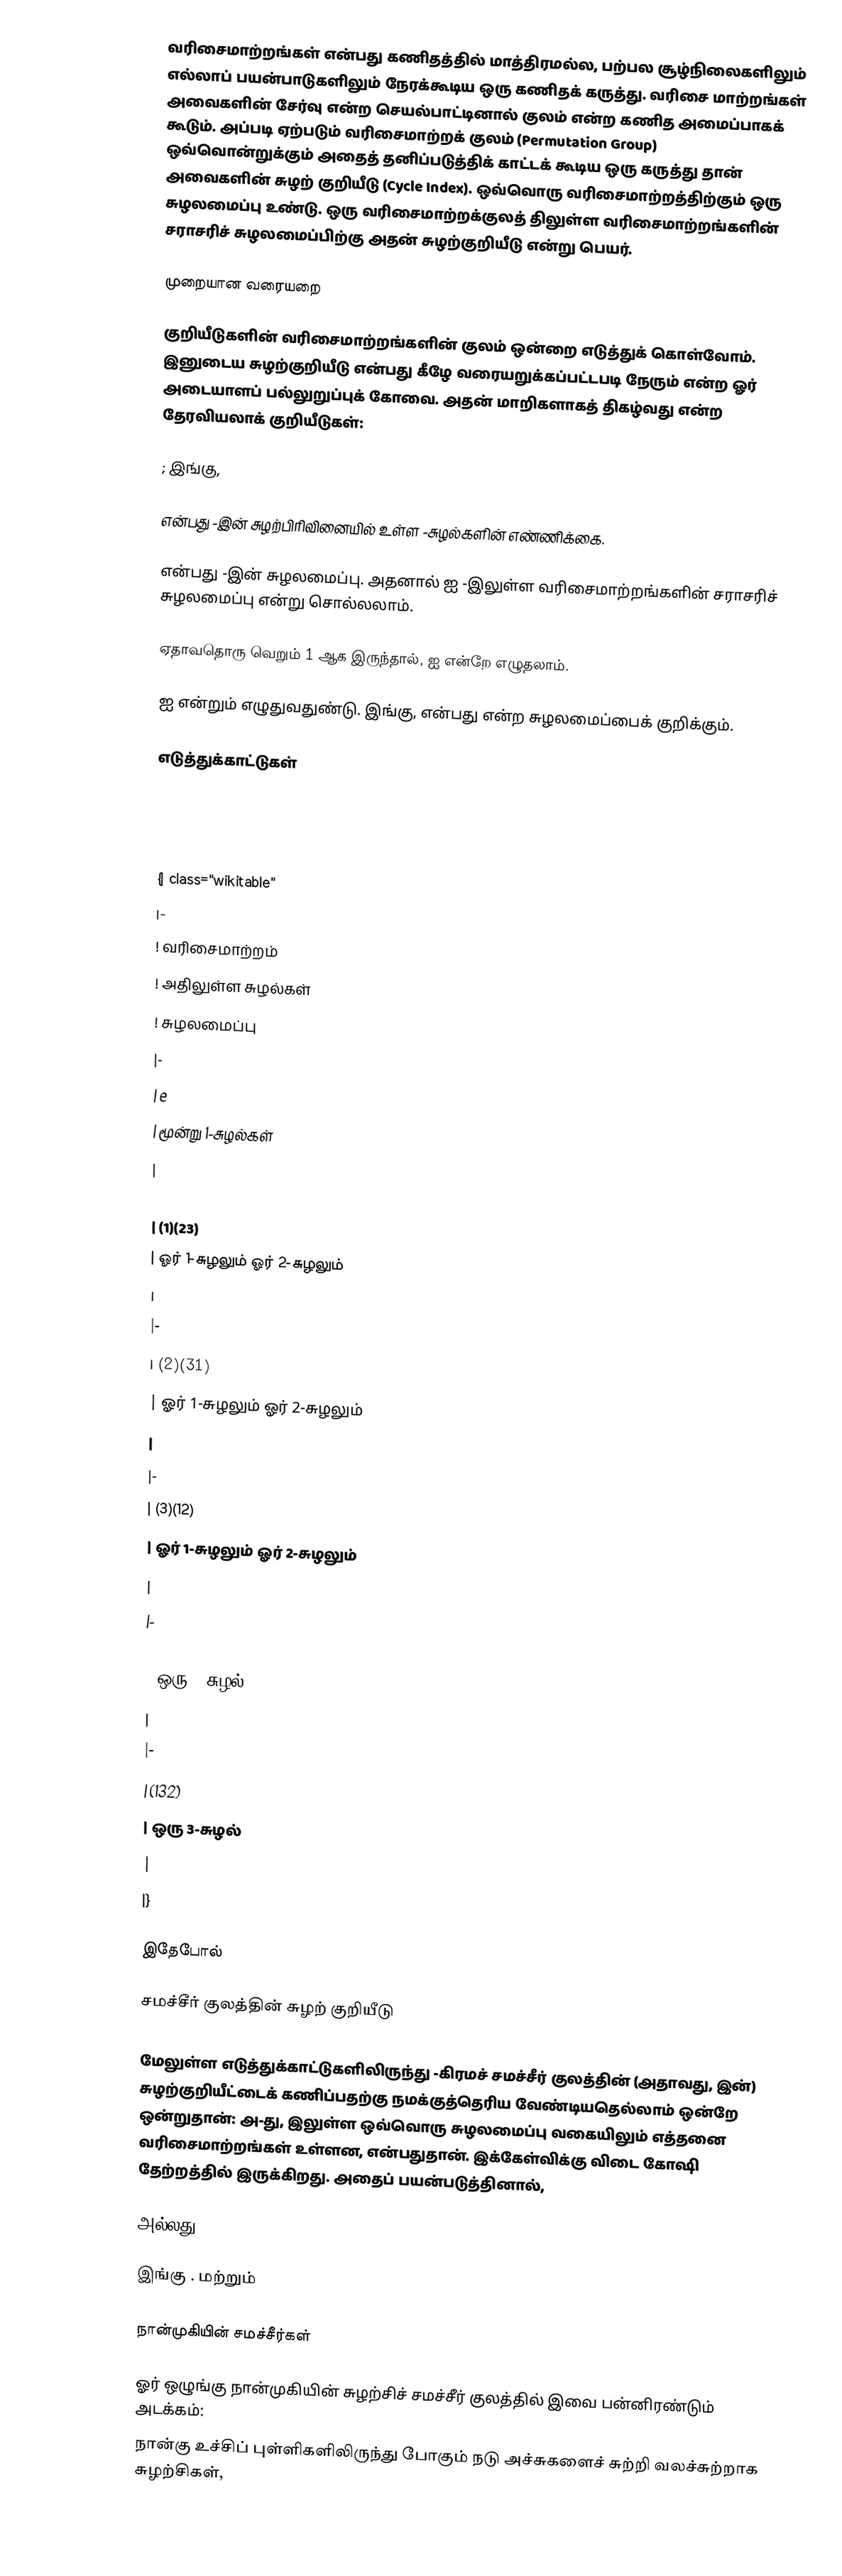
வரிசைமாற்றங்கள் என்பது கணிதத்தில் மாத்திரமல்ல, பற்பல சூழ்நிலைகளிலும் எல்லாப் பயன்பாடுகளிலும்  நேரக்கூடிய ஒரு கணிதக் கருத்து. வரிசை மாற்றங்கள் அவைகளின் சேர்வு என்ற செயல்பாட்டினால் குலம் என்ற கணித அமைப்பாகக் கூடும். அப்படி ஏற்படும் வரிசைமாற்றக் குலம் (Permutation Group) ஒவ்வொன்றுக்கும் அதைத் தனிப்படுத்திக் காட்டக் கூடிய ஒரு கருத்து தான் அவைகளின் சுழற் குறியீடு (Cycle Index). ஒவ்வொரு வரிசைமாற்றத்திற்கும் ஒரு சுழலமைப்பு உண்டு. ஒரு வரிசைமாற்றக்குலத் திலுள்ள  வரிசைமாற்றங்களின் சராசரிச் சுழலமைப்பிற்கு அதன் சுழற்குறியீடு  என்று பெயர்.

முறையான வரையறை

 குறியீடுகளின் வரிசைமாற்றங்களின் குலம்   ஒன்றை எடுத்துக் கொள்வோம்.   இனுடைய சுழற்குறியீடு என்பது கீழே வரையறுக்கப்பட்டபடி நேரும்  என்ற ஓர் அடையாளப் பல்லுறுப்புக் கோவை. அதன் மாறிகளாகத் திகழ்வது  என்ற தேரவியலாக் குறியீடுகள்:

  ; இங்கு,

  என்பது   -இன் சுழற்பிரிவினையில் உள்ள -சுழல்களின் எண்ணிக்கை.

 என்பது  -இன் சுழலமைப்பு.  அதனால்  ஐ -இலுள்ள வரிசைமாற்றங்களின் சராசரிச் சுழலமைப்பு என்று சொல்லலாம்.

ஏதாவதொரு   வெறும் 1 ஆக இருந்தால்,  ஐ    என்றே எழுதலாம்.

 ஐ   என்றும்  எழுதுவதுண்டு.  இங்கு,  என்பது   என்ற சுழலமைப்பைக் குறிக்கும்.

எடுத்துக்காட்டுகள்

{| class="wikitable"
|-
! வரிசைமாற்றம்
! அதிலுள்ள சுழல்கள்
! சுழலமைப்பு
|-
| e
| மூன்று 1-சுழல்கள்
|
|-
| (1)(23)
| ஓர் 1-சுழலும் ஓர் 2-சுழலும்
|
|-
| (2)(31)
| ஓர் 1-சுழலும் ஓர் 2-சுழலும்
|
|-
| (3)(12)
| ஓர் 1-சுழலும் ஓர் 2-சுழலும்
|
|-
| (123)
| ஒரு 3-சுழல்
|
|-
| (132)
| ஒரு 3-சுழல்
|
|}

 இதேபோல்

சமச்சீர் குலத்தின் சுழற் குறியீடு

மேலுள்ள எடுத்துக்காட்டுகளிலிருந்து  -கிரமச் சமச்சீர் குலத்தின்  (அதாவது,  இன்) சுழற்குறியீட்டைக் கணிப்பதற்கு நமக்குத்தெரிய வேண்டியதெல்லாம் ஒன்றே ஒன்றுதான்: அ-து,  இலுள்ள ஒவ்வொரு சுழலமைப்பு வகையிலும் எத்தனை வரிசைமாற்றங்கள் உள்ளன, என்பதுதான். இக்கேள்விக்கு விடை கோஷி தேற்றத்தில் இருக்கிறது. அதைப் பயன்படுத்தினால்,

அல்லது,

 இங்கு  .  மற்றும்

நான்முகியின் சமச்சீர்கள்

ஓர் ஒழுங்கு நான்முகியின்  சுழற்சிச் சமச்சீர் குலத்தில்  இவை  பன்னிரண்டும் அடக்கம்:
 நான்கு உச்சிப் புள்ளிகளிலிருந்து போகும் நடு அச்சுகளைச் சுற்றி  வலச்சுற்றாக  சுழற்சிகள்,